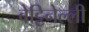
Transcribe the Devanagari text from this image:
बेट्टिनेल्ली